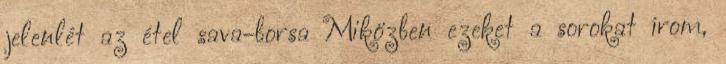
jelenlét az étel sava-borsa Miközben ezeket a sorokat írom,